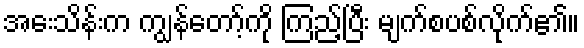
အေးသိန်းက ကျွန်တော့်ကို ကြည့်ပြီး မျက်စပစ်လိုက်၏။